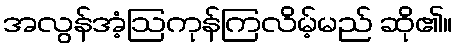
အလွန်အံ့ဩကုန်ကြလိမ့်မည် ဆို၏။